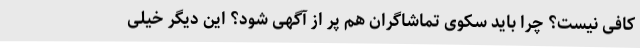
کافی نیست؟ چرا باید سکوی تماشاگران هم پر از آگهی شود؟ این دیگر خیلی